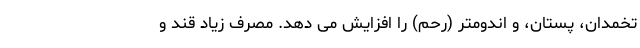
تخمدان، پستان، و اندومتر (رحم) را افزایش می دهد. مصرف زیاد قند و